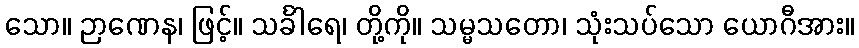
သော။ ဉာဏေန၊ ဖြင့်။ သင်္ခါရေ၊ တို့ကို။ သမ္မသတော၊ သုံးသပ်သော ယောဂီအား။